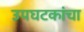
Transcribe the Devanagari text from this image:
उपघटकांचा